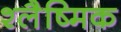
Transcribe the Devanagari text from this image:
श्‍लैष्‍मिक